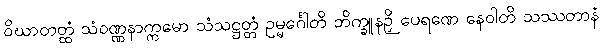
ဝိဃာတတ္ထံ သံဝဏ္ဏနာက္ကမော သံသဋ္ဌတ္တံ ဥမ္မင်္ဂေါတိ ဘိက္ခူနဉှိ ပေရဏေ နေဝါတိ သဿတာနံ